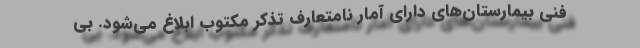
فنی بیمارستان‌های دارای آمار نامتعارف تذکر مکتوب ابلاغ می‌شود. بی